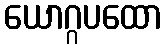
ယောဂ္ဂပထော